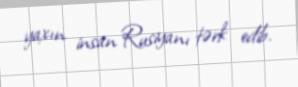
yaxın insan Rusiyanı tərk edib.